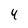
Character: 4